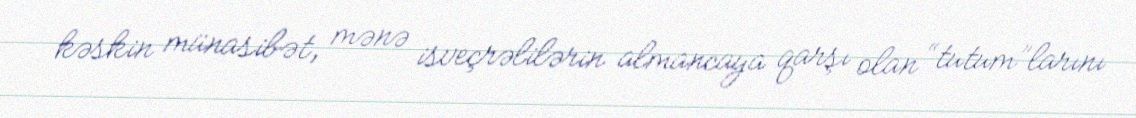
kəskin münasibət, mənə isveçrəlilərin almancaya qarşı olan “tutum”larını